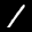
Label: 1